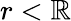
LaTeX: r<\mathbb{R}